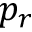
p _ { r }